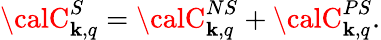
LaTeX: {\calC}_{\mathbf{k},q}^{S}={\calC}_{\mathbf{k},q}^{NS}+{\calC}_{\mathbf{k},q}^{PS}.